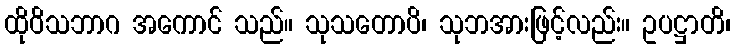
ထိုဝိသဘာဂ အကောင် သည်။ သုသတောပိ၊ သုဘအားဖြင့်လည်း။ ဥပဋ္ဌာတိ၊